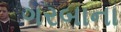
ગરબાના